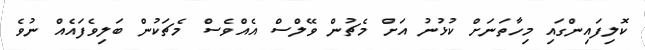
ކޮލިފައިންގައި މިހާތަނަށް ކުޅުނު އަށް މެޗުން ވޭލްސް އެއްވެސް މެޗަކުން ބަލިވެފައެއް ނުވެ